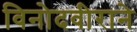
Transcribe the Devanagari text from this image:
विनोदवीराने